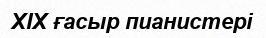
XIX ғасыр пианистері